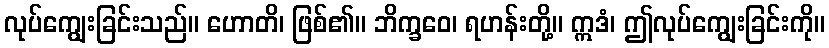
လုပ်ကျွေးခြင်းသည်။ ဟောတိ၊ ဖြစ်၏။ ဘိက္ခဝေ၊ ရဟန်းတို့။ ဣဒံ၊ ဤလုပ်ကျွေးခြင်းကို။